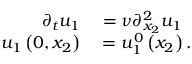
\begin{array} { r l } { \partial _ { t } u _ { 1 } } & { { } = \nu \partial _ { x _ { 2 } } ^ { 2 } u _ { 1 } } \\ { u _ { 1 } \left( 0 , x _ { 2 } \right) } & { { } = u _ { 1 } ^ { 0 } \left( x _ { 2 } \right) . } \end{array}